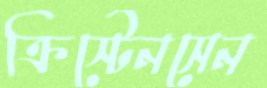
ক্রিস্টেনসেন